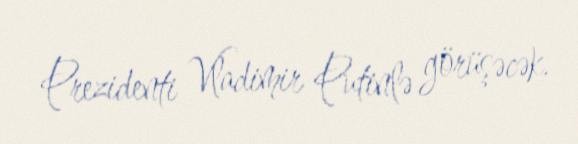
Prezidenti Vladimir Putinlə görüşəcək.